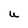
Character: U